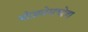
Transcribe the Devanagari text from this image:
बोज़नेमचोवा